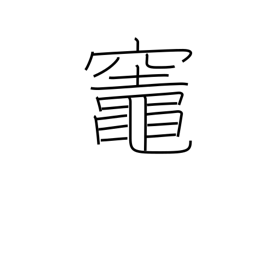
Meaning: kitchen stove